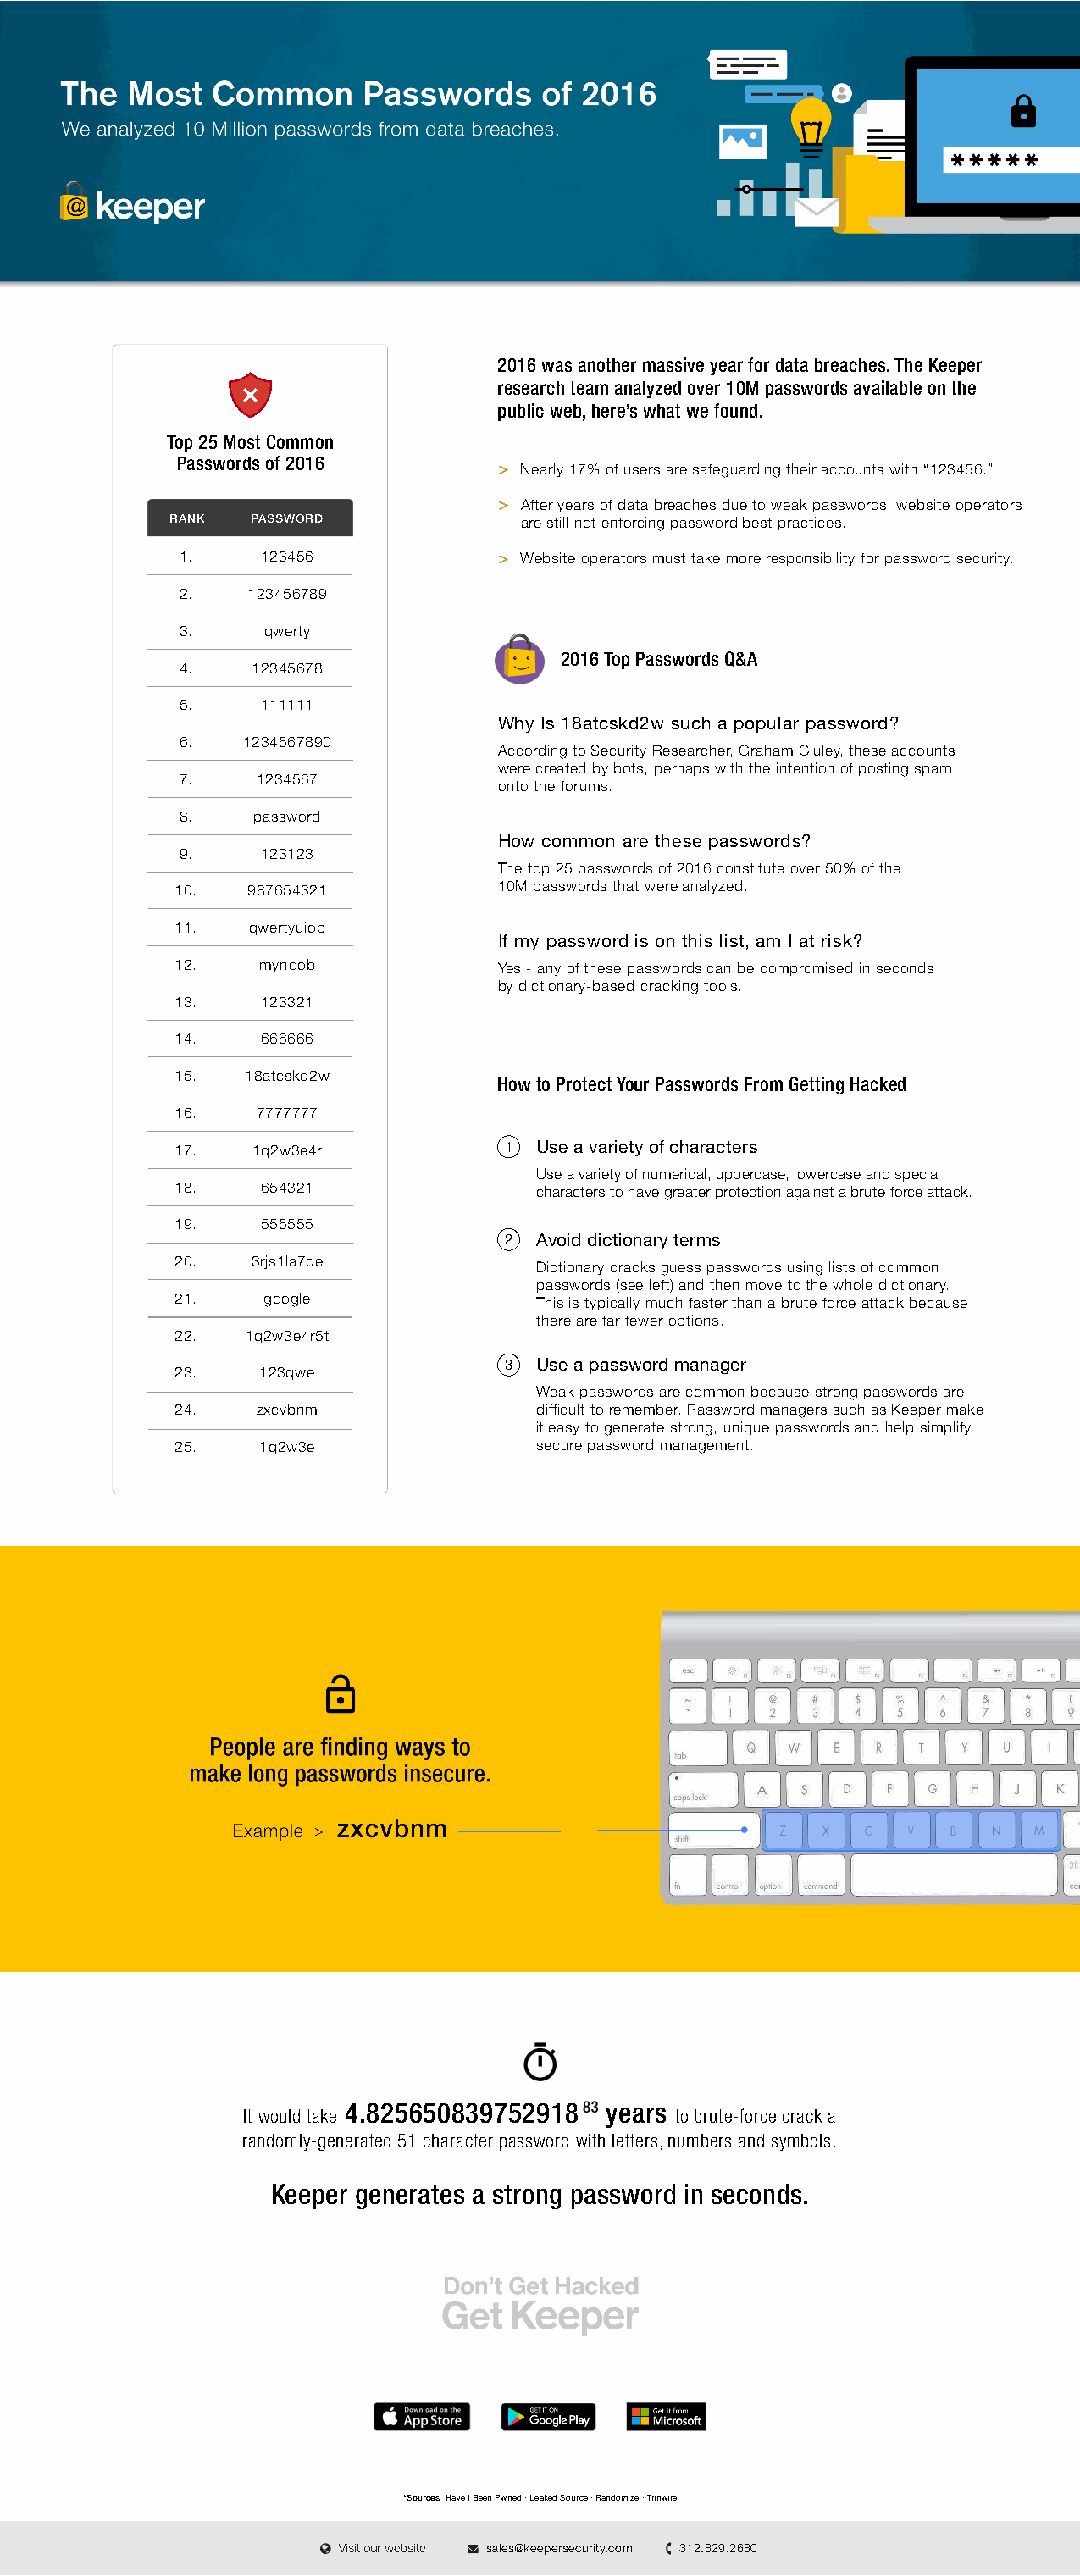
The  Most   Common     Passwords     of 2016
 We analyzed 10 Million passwords from data breaches.
 2016 was another massive year for data breaches. The Keeper
 research team analyzed over 10M passwords available on the
 public web, here’s what we found.
 Top 25 Most Common
 Passwords of 2016
 Nearly 17% of users are safeguarding their accounts with “123456.”
 After years of data breaches due to weak passwords, website operators
 RANK   PASSWORD             are still not enforcing password best practices.
 1.    123456               Website operators must take more responsibility for password security.
 2.   123456789
 3.     qwerty
 2016 Top Passwords Q&A
 4.    12345678
 5.    111111
 Why Is 18atcskd2w such a popular password?
 6.   1234567890
 According to Security Researcher, Graham Cluley, these accounts
 were created by bots, perhaps with the intention of posting spam
 7.    1234567
 onto the forums.
 8.    password
 How common are these passwords?
 9.    123123
 The top 25 passwords of 2016 constitute over 50% of the
 10.  987654321           10M passwords that were analyzed.
 11.  qwertyuiop
 If my password is on this list, am I at risk?
 12.   mynoob             Y e s - any of these passwords can be compromised in seconds
 by dictionary-based cracking tools.
 13.   123321
 14.   666666
 15.  18atcskd2w
 How to Protect Your Passwords From Getting Hacked
 16.   7777777
 17.   1q2w3e4r           1  Use a variety of characters
 Use a variety of numerical, uppercase, lowercase and special
 18.   654321                characters to have greater protection against a brute force attack.
 19.   555555
 2  Avoid dictionary terms
 20.   3rjs1la7qe
 Dictionary cracks guess passwords using lists of common
 passwords (see left) and then move to the whole dictionary.
 21.    google               This is typically much faster than a brute force attack because
 there are far fewer options.
 22.  1q2w3e4r5t
 3  Use a password manager
 23.   123qwe
 Weak passwords are common because strong passwords are
 24.   zxcvbnm               difficult to remember. Password managers such as Keeper make
 it easy to generate strong, unique passwords and help simplify
 25.   1q2w3e                secure password management.
 People are finding ways to
 make long passwords insecure.
 zxcvbnm
 Example
 4.825650839752918   years
 It would take                     to brute-force crack a
 randomly-generated 51 character password with letters, numbers and symbols.
 Keeper generates a strong password in seconds.
 *Sources Have I Been Pwned · Leaked Source · Randomize · Tripwire
 sales@keepersecurity.com 312.829.2680